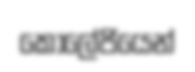
කොලේජියෙන්